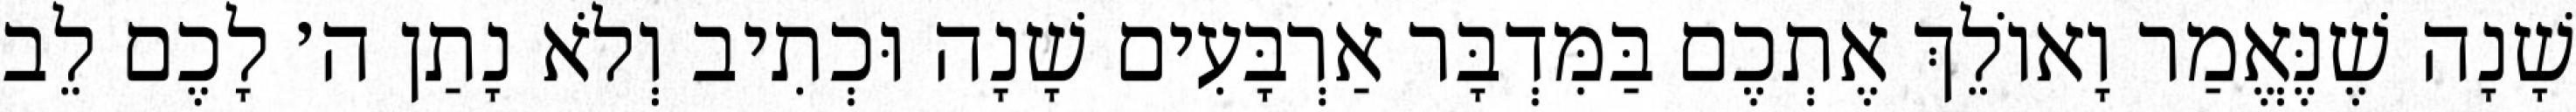
שָׁנָה שֶׁנֶּאֱמַר וָאוֹלֵךְ אֶתְכֶם בַּמִּדְבָּר אַרְבָּעִים שָׁנָה וּכְתִיב וְלֹא נָתַן ה׳ לָכֶם לֵב